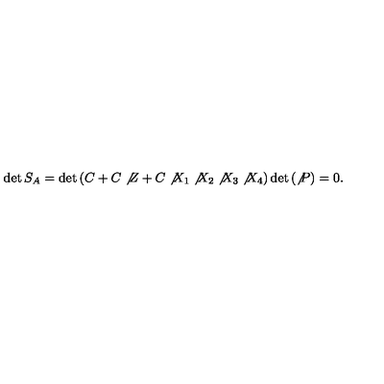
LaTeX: \det S _ { A } = \det \left( C + C \not { Z } + C \not { X } _ { 1 } \not { X } _ { 2 } \not { X } _ { 3 } \not { X } _ { 4 } \right) \det \left( \not { P } \right) = 0 .